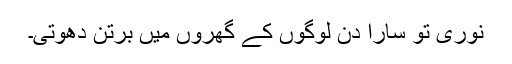
نوری تو سارا دن لوگوں کے گھروں میں برتن دھوتی۔